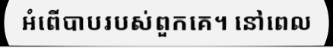
អំពើបាបរបស់ពួកគេ។ នៅពេល